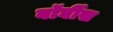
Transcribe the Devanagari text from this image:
बॉर्घीस